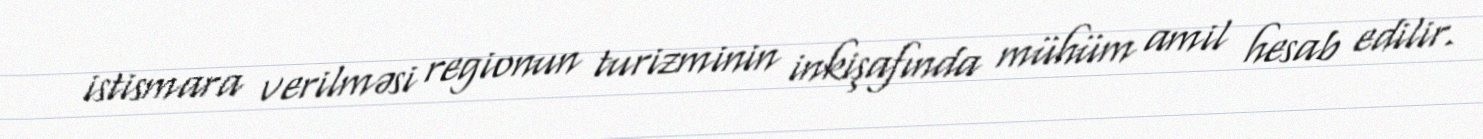
istismara verilməsi regionun turizminin inkişafında mühüm amil hesab edilir.